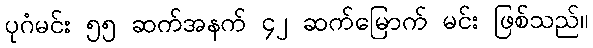
ပုဂံမင်း ၅၅ ဆက်အနက် ၄၂ ဆက်မြောက် မင်း ဖြစ်သည်။